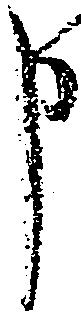
申